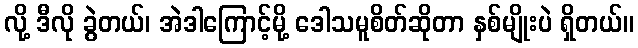
လို့ ဒီလို ခွဲတယ်၊ အဲဒါကြောင့်မို့ ဒေါသမူစိတ်ဆိုတာ နှစ်မျိုးပဲ ရှိတယ်။